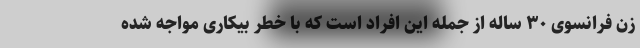
زن فرانسوی ۳۰ ساله از جمله این افراد است که با خطر بیکاری مواجه شده